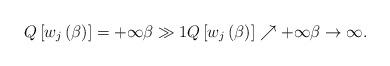
LaTeX: \begin{align*}Q\left[ w_{j}\left( \beta\right) \right]=+\infty\beta\gg1Q\left[ w_{j}\left( \beta\right)\right] \nearrow+\infty\beta\rightarrow\infty. \end{align*}